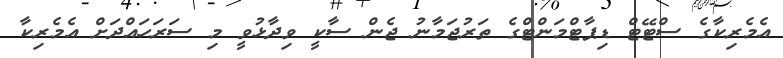
އެމެރިކާގެ ސްޓޭޓް ޑިޕާޓްމަންޓްގެ ތަރުޖަމާނު ޖެން ސާކީ ވިދާޅުވީ މި ސަރަހައްދަށް އެމެރިކާ